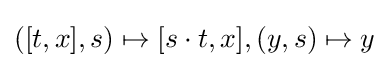
([t,x],s)\mapsto [s\cdot t,x],(y,s)\mapsto y